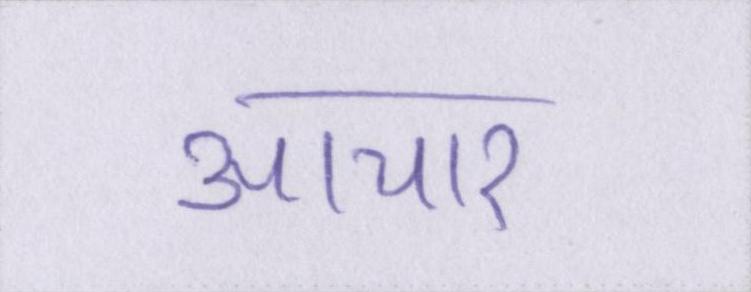
आचार